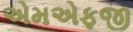
એમએફજી